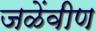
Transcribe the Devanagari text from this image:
जळेंवीण